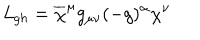
{ \it L } _ { g h } = \overline { { { \chi } } } ^ { \mu } g _ { \mu \nu } ( - g ) ^ { \alpha } \chi ^ { \nu }